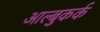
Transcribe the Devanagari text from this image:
आल्बुकर्क